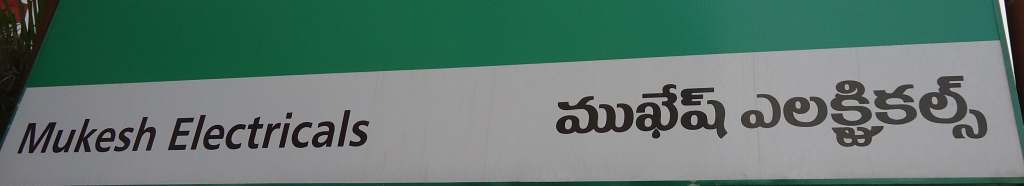
Language: telugu
Transcription: ముఖేష్ ఎలక్ట్రికాల్స్